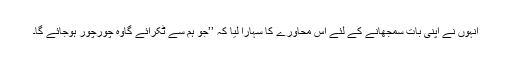
انہوں نے اپنی بات سمجھانے کے لئے اس محاورے کا سہارا لیا کہ ’’جو ہم سے ٹکرائے گاوہ چورچور ہوجائے گا۔